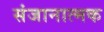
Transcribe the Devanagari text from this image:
संजानात्मक